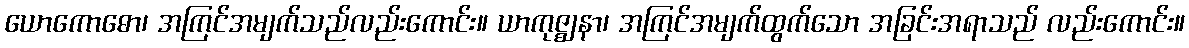
ယောကောဓော၊ အကြင်အမျက်သည်လည်းကောင်း။ ယာကုဇ္ဈနာ၊ အကြင်အမျက်ထွက်သော အခြင်းအရာသည် လည်းကောင်း။